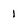
Character: 1